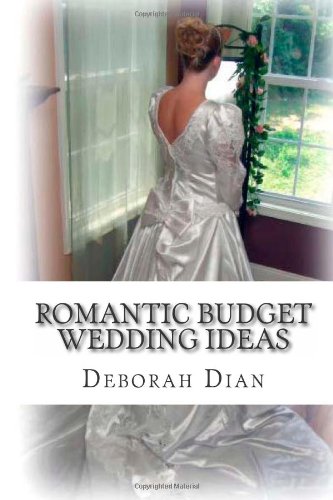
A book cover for Romantic Budget Wedding Ideas: Where to Find Cheap Wedding Dresses, Reception Venues and More; Deborah Dian; Crafts, Hobbies & Home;